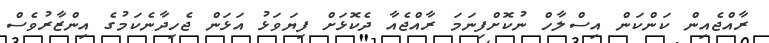
ރާއްޖެއިން ކަންކަން އިސްލާހް ނުކޮށްފިނަމަ ރާއްޖެއާ ދެކޮޅަށް ފިޔަވަޅު އަޅަން ޖެހިދާނެކަމުގެ އިންޒާރުވެސް